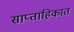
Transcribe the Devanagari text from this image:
साप्‍ताहिकात